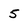
Character: 5